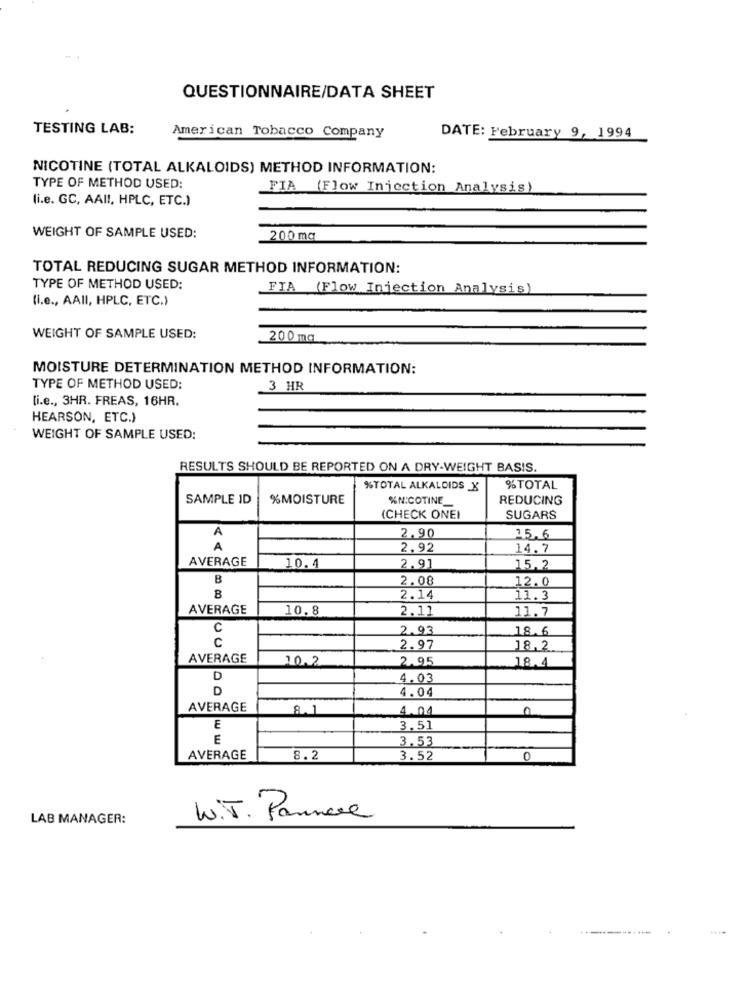
QUESTIONNAIRE/DATA SHEET
TESTING LAB:
American Tobacco Company
DATE: February 9, 1994
NICOTINE (TOTAL ALKALOIDS) METHOD INFORMATION:
TYPE OF METHOD USED:
FIA (Flow Injection Analysis)
(i.e. GC, AAII, HPLC, ETC.)
WEIGHT OF SAMPLE USED:
200 mg
TOTAL REDUCING SUGAR METHOD INFORMATION:
TYPE OF METHOD USED:
FIA (Flow Injection Analysis)
(i.e ., AAII, HPLC, ETC.)
WEIGHT OF SAMPLE USED:
200 mg
MOISTURE DETERMINATION METHOD INFORMATION:
TYPE OF METHOD USED:
3 HR
li.e ., 3HR. FREAS, 16HR.
HEARSON, ETC.)
WEIGHT OF SAMPLE USED:
RESULTS SHOULD BE REPORTED ON A DRY-WEIGHT BASIS.
%TOTAL ALKALOIDS X
% TOTAL
SAMPLE ID
%MOISTURE
%NICOTINE_
REDUCING
(CHECK ONEI
SUGARS
A
2.90
A
2.92
14.7
AVERAGE
10.4
2.91
15.2
B
2.08
12.0
B
2.14
11.3
AVERAGE
10.8
2.11
11.7
C
2.93
18.6
C
2.97
18.2
AVERAGE
10.2
2.95
18.4
D
4.03
D
4.04
AVERAGE
8.1
4.04
E
3.51
E
3.53
AVERAGE
8.2
3.52
0
LAB MANAGER:
W.T. Pannae